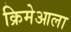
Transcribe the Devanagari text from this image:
क्रिमेआला